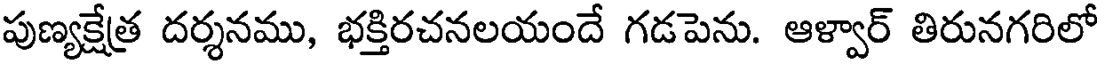
పుణ్యక్షేత్ర దర్శనము, భక్తిరచనలయందే గడపెను. ఆళ్వార్ తిరునగరిలో